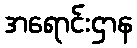
အရောင်းဌာန